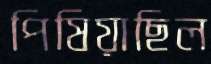
পিষিয়াছিল